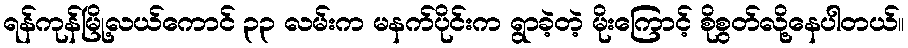
ရန်ကုန်မြို့လယ်ကောင် ၃၃ လမ်းက မနက်ပိုင်းက ရွာခဲ့တဲ့ မိုးကြောင့် စိုစွတ်လို့နေပါတယ်။